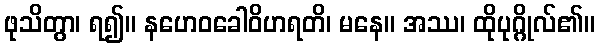
ဖုသိတွာ၊ ရ၍။ နဟေဝခေါဝိဟရတိ၊ မနေ။ အဿ၊ ထိုပုဂ္ဂိုလ်၏။